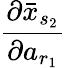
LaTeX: \frac{\partial\bar{x}_{s_{2}}}{\partial a_{r_{1}}}